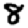
Digit: 8